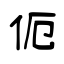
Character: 伌